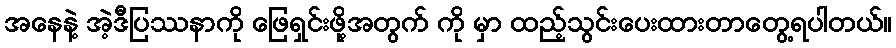
အနေနဲ့ အဲ့ဒီပြဿနာကို ဖြေရှင်းဖို့အတွက် ကို မှာ ထည့်သွင်းပေးထားတာတွေ့ရပါတယ်။